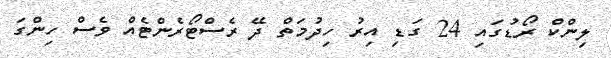
ލިންކް ރޯޑުގައި 24 ގަޑި އިރު ހިދުމަތް ދޭ ރެސްޓޯރެންޓެއް ވެސް ހިންގަ